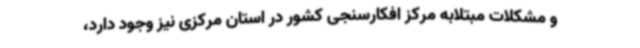
و مشکلات مبتلابه مرکز افکارسنجی کشور در استان مرکزی نیز وجود دارد،